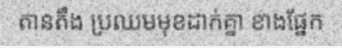
តានតឹង ប្រឈមមុខដាក់គ្នា ខាងផ្នែក